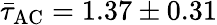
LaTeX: \bar{\tau}_{\mathrm{AC}}=1.37\pm 0.31